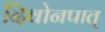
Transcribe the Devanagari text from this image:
दिवोनपात्